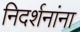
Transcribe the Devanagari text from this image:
निदर्शनांना